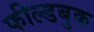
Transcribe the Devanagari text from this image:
फील्डबुक